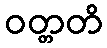
ဝတ္တတိ